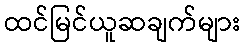
ထင်မြင်ယူဆချက်များ